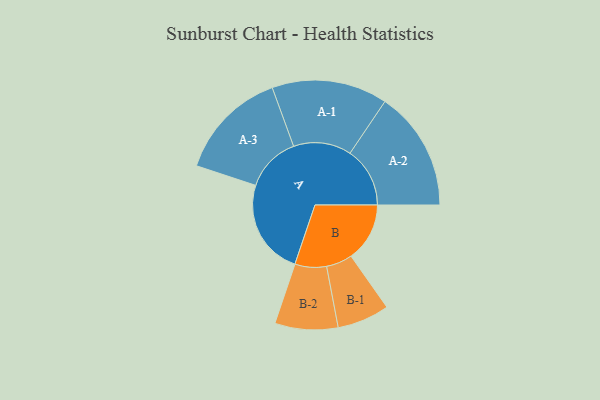
{"axis": {"x": "Segment", "y": "Value"}, "legend": ["", "A", "B"], "data": [{"x": "A", "y": 477, "type": ""}, {"x": "B", "y": 292, "type": ""}, {"x": "A-1", "y": 288, "type": "A"}, {"x": "A-2", "y": 298, "type": "A"}, {"x": "A-3", "y": 275, "type": "A"}, {"x": "B-1", "y": 130, "type": "B"}, {"x": "B-2", "y": 157, "type": "B"}]}